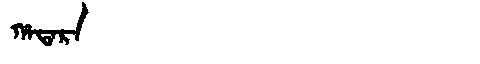
Manchu: ᡥᠠᡨᠠᡵᠠ
Romanization: HATARA